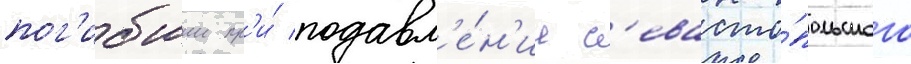
пог'ибшии пр'и́ подавл'е́н'ии с'евасто́польского